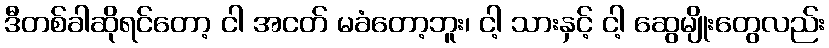
ဒီတစ်ခါဆိုရင်တော့ ငါ အငတ် မခံတော့ဘူး၊ ငါ့ သားနှင့် ငါ့ ဆွေမျိုးတွေလည်း